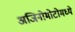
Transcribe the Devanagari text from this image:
अजिनोमोटोमध्ये